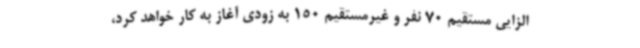
الزایی مستقیم 70 نفر و غیرمستقیم 150 به زودی آغاز به کار خواهد کرد،